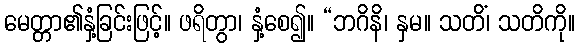
မေတ္တာ၏နှံ့ခြင်းဖြင့်။ ဖရိတွာ၊ နှံ့စေ၍။ “ဘဂိနိ၊ နှမ။ သတိံ၊ သတိကို။